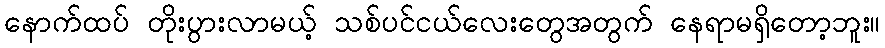
နောက်ထပ် တိုးပွားလာမယ့် သစ်ပင်ငယ်လေးတွေအတွက် နေရာမရှိတော့ဘူး။